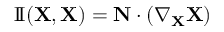
\operatorname { I \! I } ( \mathbf { X } , \mathbf { X } ) = \mathbf { N } \cdot ( \nabla _ { \mathbf { X } } \mathbf { X } )